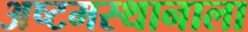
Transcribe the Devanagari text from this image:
अष्टमस्थानाला